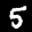
Label: 5